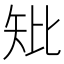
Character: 𥎬